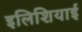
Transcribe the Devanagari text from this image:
इलिशियाई